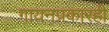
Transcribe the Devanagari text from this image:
गायनप्रकारही